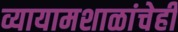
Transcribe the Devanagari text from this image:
व्यायामशाळांचेही